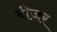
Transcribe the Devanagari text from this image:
बीज़र